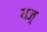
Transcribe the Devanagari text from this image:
यज़्